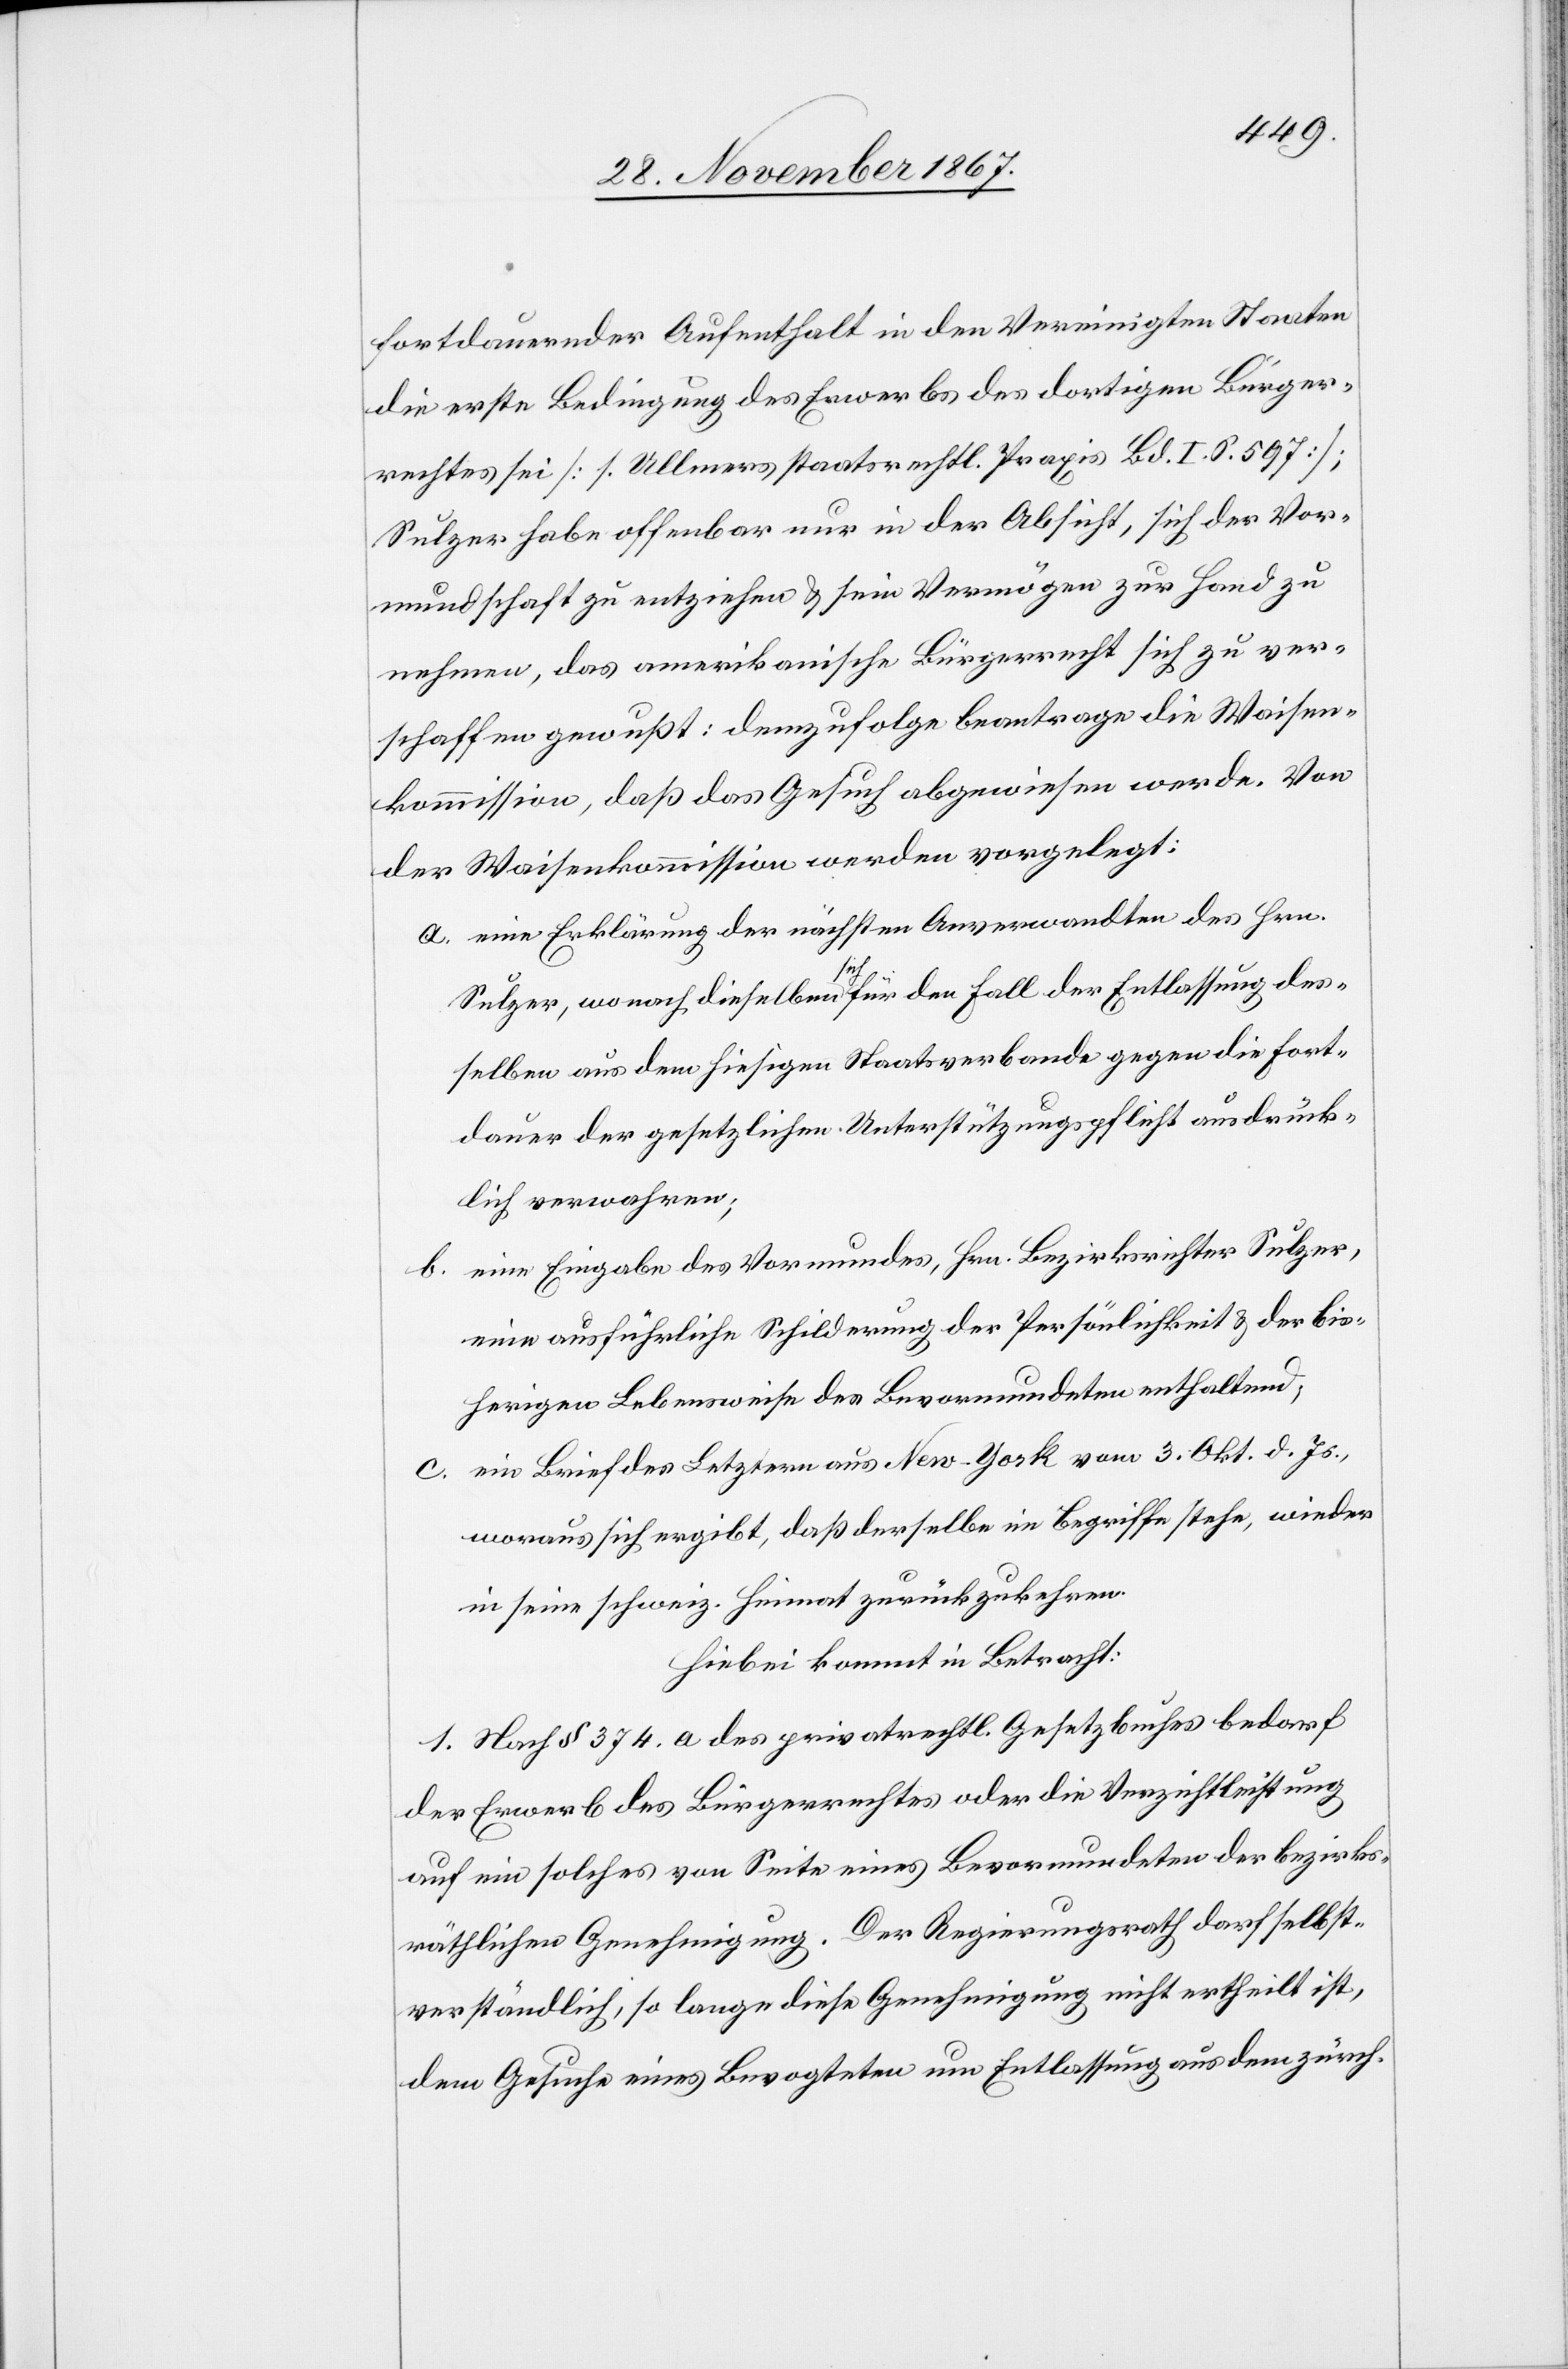
fortdauernder Aufenthalt in den Vereinigten Staaten
die erste Bedingung des Erwerbs des dortigen Bürger¬
rechtes sei [s. Ullmers staatsrechtl. Praxis Bd. I. S. 597];
Sulzer habe offenbar nur in der Absicht, sich der Vor¬
mundschaft zu entziehen, das amerikanische Bürgerrecht sich zu
verschaffen gewußt: demzufolge beantrage die Waisen¬
kommission, daß das Gesuch abgewiesen werde. Von
der Waisenkommission werden vorgelegt:
a. eine Erklärung der nächsten Anverwandten des Hrn.
Sulzer, wonach dieselben sich für den Fall der Entlassung des¬
selben aus dem hiesigen Staatsverbande gegen die Fort¬
dauer der gesetzlichen Unterstützungspflicht ausdrück¬
lich verwahren;
b. eine Eingabe des Vormundes, Hrn. Bezirksrichter Sulzer,
eine ausführliche Schilderung der Persönlichkeit u. der bis¬
herigen Lebensweise des Bevormundeten enthaltend,
c. ein Brief des Letztern aus New-York vom 3. Okt. d. Js.,
woraus sich ergibt, daß derselbe im Begriffe stehe, wieder
in seine schweiz. Heimat zurückzukehren.
Hiebei kommt in Betracht:
1. Nach § 374. a des privatrechtlichen Gesetzbuches bedarf
der Erwerb des Bürgerrechtes oder die Verzichtleistung
auf ein solches von Seite eines Bevormundeten der bezirks¬
räthlichen Genehmigung. Der Regierungsrath darf selbst¬
verständlich, so lange diese Genehmigung nicht ertheilt ist,
dem Gesuche eines Bevogteten um Entlassung aus dem zürch.